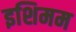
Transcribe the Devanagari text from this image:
इशिमम